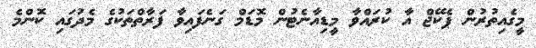
މީގެއިތުރުން ޕެކޭޖް އާ ކުރައްވާ މީޑިއާނެޓުން މޮޑަމް ގަނެފައިވާ ފަރާތްތަކުގެ މެދުގައި ކޮންމެ